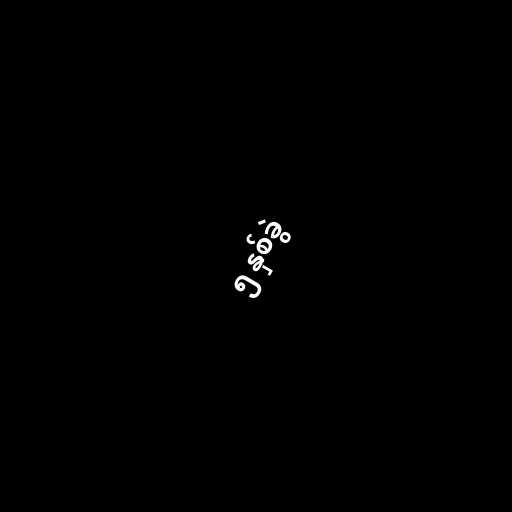
၅ နှစ်ခွဲ